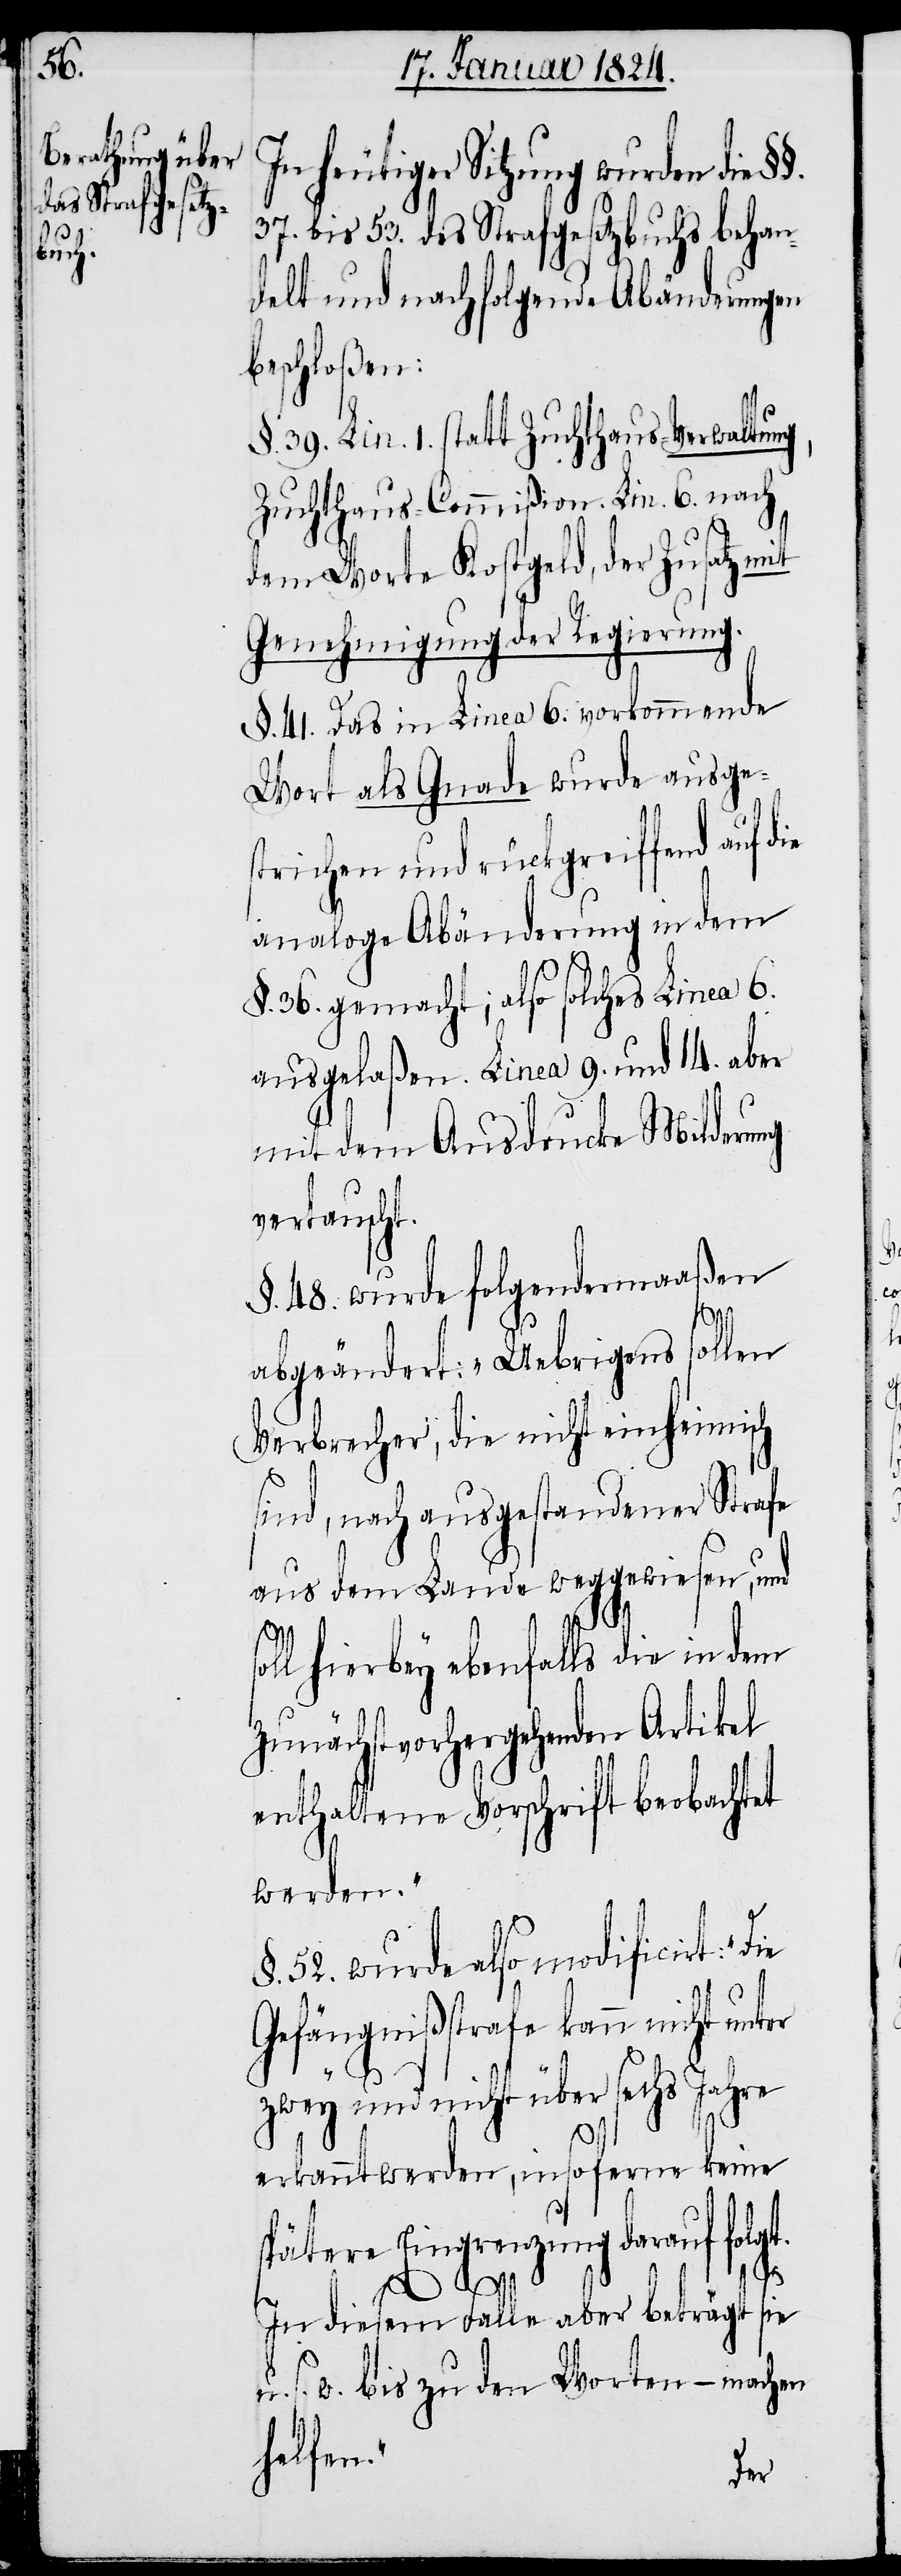
In heutiger Sitzung wurden die
37. bis 53. des Strafgesetzbuchs behan¬
delt und nachfolgende Abänderungen
beschloßen:
§. 39. Lin. 1. statt Zuchthaus-Verwaltung,
Zuchthaus-Commißion. Lin. 6. nach
dem Worte Kostgeld, der Zusatz mit
Genehmigung der Regierung.
§. 31. Das in Linea 6: vorkommende
Wort als Gnade wurde ausge¬
strichen und rückgreiffend auf d¬
analoge Abänderung in dem
§. 36; gemacht also solches Linea 6.
ausgelaßen. Linea 9. und 14. aber
mit dem Ausdrucke Milderung
vertauscht.
§. 48. wurde folgendermaaßen
abgeändert: „Uebrigens sollen
Verbrecher, die nicht einheimisch
sind, nach ausgestandener Strafe
aus dem Lande weggewiesen, und
sol¬
l hierbey ebenfalls die in dem
zunächst vorhergehenden Artikel
enthaltene Vorschrift beobachtet
werden.“
§. 52. wurde also modificirt:
Gefängnißstrafe kann nicht unter
zwey und nicht über sechs Jahre
erkannt werden, insoferne keine
spätere Eingrenzung darauf folgt.
ie
In diesem Falle aber beträgt sie
s. w. bis zu den Worten – machen
helfen.“